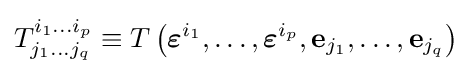
T_{j_{1}\dots j_{q}}^{i_{1}\dots i_{p}}\equiv T\left({\boldsymbol {\varepsilon }}^{i_{1}},\ldots ,{\boldsymbol {\varepsilon }}^{i_{p}},\mathbf {e} _{j_{1}},\ldots ,\mathbf {e} _{j_{q}}\right)